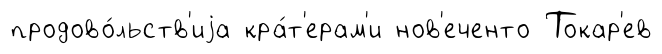
продово́льств'иjа кра́т'ерам'и нов'еченто Токар'ев